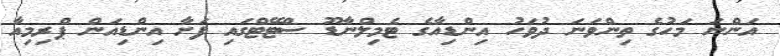
އަންނަ މަހުގެ ތިންވަނަ ދުވަހު އިންޑިއާގެ ޓެމިލްނާޑޫ ސްޓޭޓްގައި ފަށާ އިންޑިއަން ޕްރިމިއާ